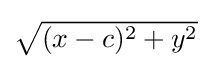
{\textstyle {\sqrt {(x-c)^{2}+y^{2}}}}